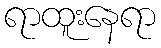
ရာထူးနေရာ